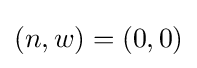
(n,w)=(0,0)